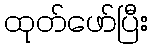
ထုတ်ဖော်ပြီး